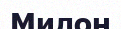
Милон